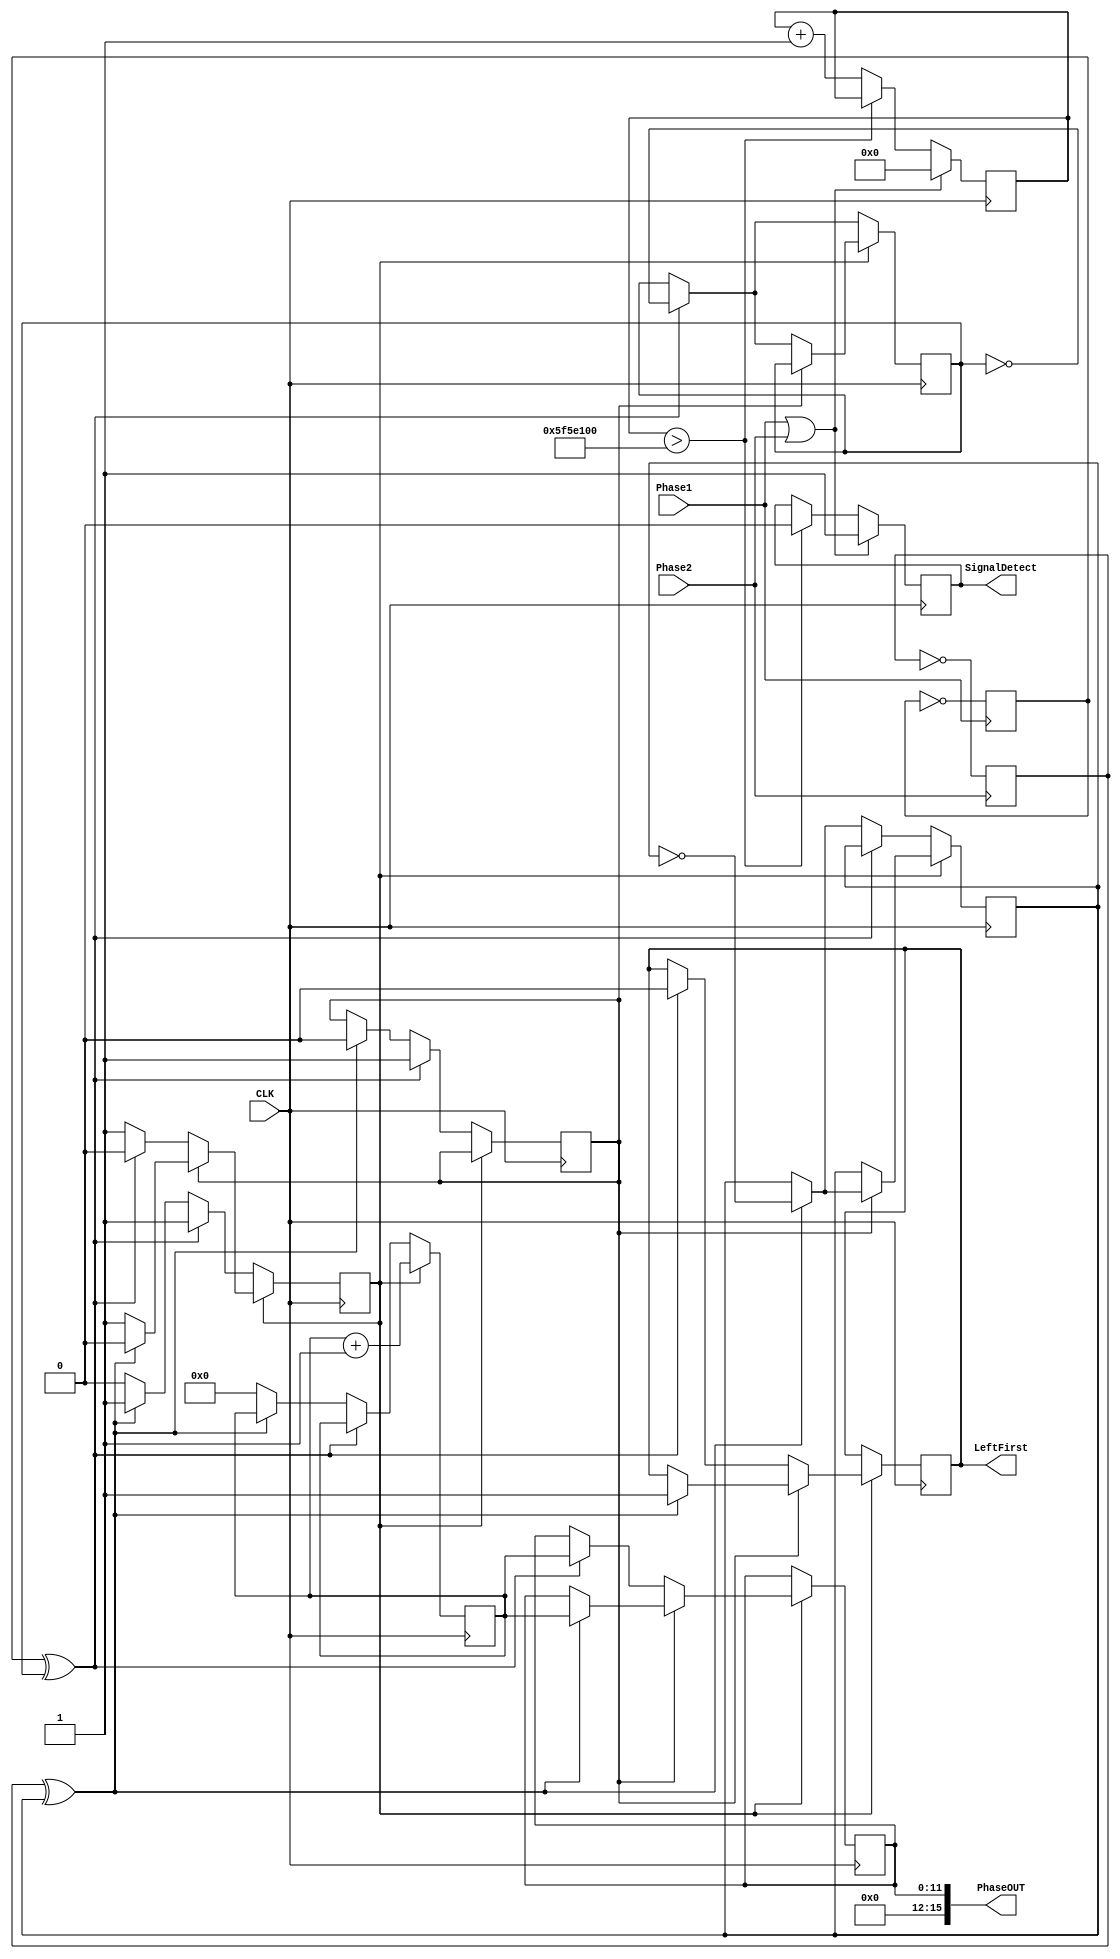
`timescale 1ns / 1ps
//////////////////////////////////////////////////////////////////////////////////
// Company: 
// Engineer: 
// 
// Design Name: 
// Module Name:    PhaseDetector 
// Project Name: 
// Target Devices: 
// Tool versions: 
// Description: 
//
// Dependencies: 
//
// Revision: 
// Revision 0.01 - File Created
// Additional Comments: 
//
//////////////////////////////////////////////////////////////////////////////////
module PhaseDetector(
    input CLK,
    input Phase1,
    input Phase2,
    output [15:0] PhaseOUT,
	 output LeftFirst, // << Is left is before right signal?
	 output SignalDetect // are the phases being detected?
    );
	 
	 // The Phase Detector takes in two signals and gets an output phase 
	 //		after Nth degree Averaging. Phase is in 2880 resolution.
	 // 		1 degree = 8, 180 degree = 1440
	 
	 // Note: this is determined for 19kHz, clock == 50 MHz
	 // 		::: Left == Phase 1
	 
	 reg SetPhase, Left, LeftO, Detect, P1, P2, PSet1, PSet2; 
	 reg [11:0] Counter, PhaseO;
	 reg [26:0] SignalCounter;
	 
	 wire P1O, P2O;
	 
	 initial begin // initialize all parameters
		SetPhase = 0;
		Left = 0;
		LeftO = 0;
		Counter = 0;
		PhaseO = 0;
		SignalCounter = 0;
		P1 = 0;
		P2 = 0;
		PSet1 = 0;
		PSet2 = 0;
	 end
	 
	 assign LeftFirst = LeftO; // set left or not?
	 assign PhaseOUT = PhaseO; // set phase on end
	 assign SignalDetect = Detect; // is signal detected?
	 
	 xor(P1O, P1, PSet1); // Synchronize toggle gate
	 xor(P2O, P2, PSet2); // Synchronize toggle gate
	 
	 always @(posedge Phase1) begin
		P1 = ~P1; // toggle P1O on xor
	 end
	 
	 always @(posedge Phase2) begin
		P2 = ~P2; // toggle P2O on xor
	 end
	 
	 always @(posedge CLK) begin
		// detect if low signal
		if(Phase1 | Phase2) begin // either signal is detected
			SignalCounter <= 0;
			Detect <= 1;
		end else begin
			if(SignalCounter > 100_000_000) begin // wait for 2 seconds
				Detect <= 0; // signal is disrupted
			end else begin
				SignalCounter <= SignalCounter+1; // increment if no signal
			end
		end
	  end
	  
	  // Detect the phase (Synchronize)
	  always @ (negedge CLK) begin
		if(SetPhase) begin
			// A phase has been detected. Test for end-phase.
			if(Left) begin // Left phase, detect for right on
				if(P2O) begin // right phase detect
					PSet2 <= ~PSet2; // untoggle P2O
					PhaseO <= Counter;
					LeftO <= 1; // is left
					SetPhase <= 0;
				end
			end else begin // Right phase, detect for left on.
				if(P1O) begin
					PSet1 <= ~PSet1; // Untoggle P1O
					PhaseO <= Counter;
					LeftO <= 0; // not left!
					SetPhase <= 0;
				end
			end
			Counter <= Counter+1;
		end else begin // A start phase has not yet been detected.
			if(P1O) begin // left is first
				PSet1 <= ~PSet1;
				Left <= 1;
				SetPhase <= 1;
			end else if(P2O) begin // Right first
				PSet2 <= ~PSet2;
				Left <= 0;
				SetPhase <= 1;
			end else begin // no phase detected!
				
				Counter <= 0; // keep counter set to reset
			end
		end
	 end
endmodule